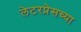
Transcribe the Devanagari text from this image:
लेटरप्रेसच्या